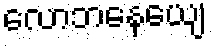
လောဘနေယျေ